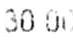
30.00